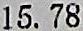
15.78